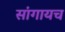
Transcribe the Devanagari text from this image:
सांगायच